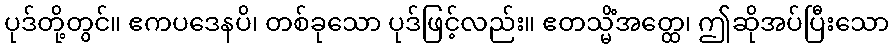
ပုဒ်တို့တွင်။ ဧကပဒေနပိ၊ တစ်ခုသော ပုဒ်ဖြင့်လည်း။ ဧတသ္မိံအတ္ထေ၊ ဤဆိုအပ်ပြီးသော